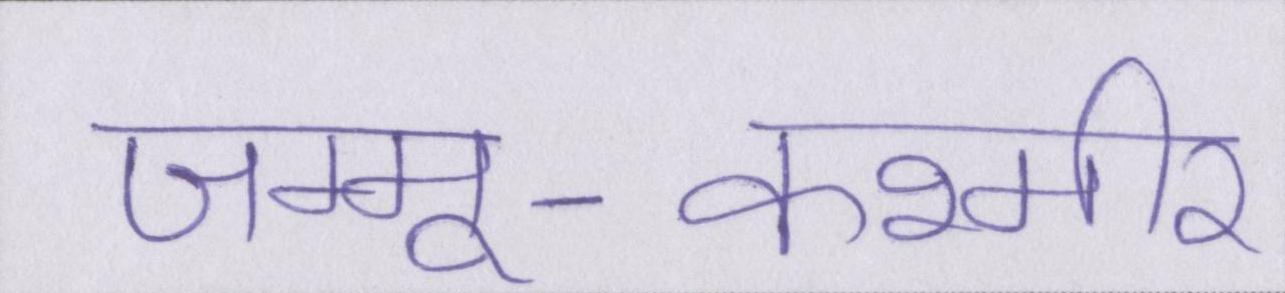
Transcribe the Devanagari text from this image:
जम्मू-कश्मीर